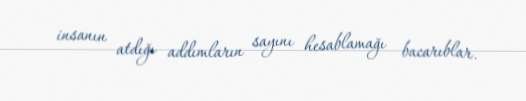
insanın atdığı addımların sayını hesablamağı bacarıblar.